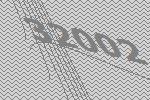
32002